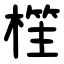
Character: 樦